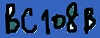
Text: BC108B